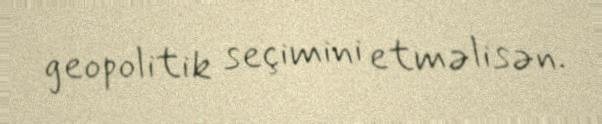
geopolitik seçimini etməlisən.